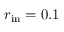
r _ { \mathrm { i n } } = 0 . 1